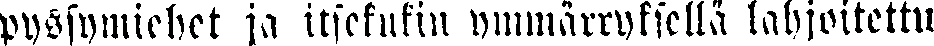
pyssymiehet ja itsekukin ymmärryksellä lahjoitettu